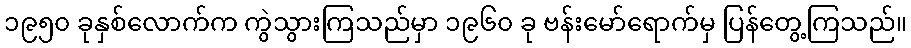
၁၉၅၀ ခုနှစ်လောက်က ကွဲသွားကြသည်မှာ ၁၉၆၀ ခု ဗန်းမော်ရောက်မှ ပြန်တွေ့ကြသည်။